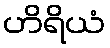
ဟိရိယံ